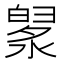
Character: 𣼙